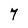
Character: 7